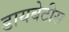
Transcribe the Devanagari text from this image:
डायबेटीस